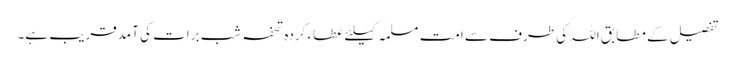
تفصیل کے مطابق اللہ کی طرف سے امت مسلمہ کیلئے عطاء کردہ تحفہ شب برات کی آمدقریب ہے۔